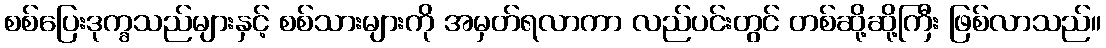
စစ်ပြေးဒုက္ခသည်များနှင့် စစ်သားများကို အမှတ်ရလာကာ လည်ပင်းတွင် တစ်ဆို့ဆို့ကြီး ဖြစ်လာသည်။